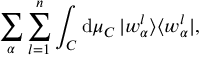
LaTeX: \sum _ { \alpha } \sum _ { l = 1 } ^ { n } \int _ { \cal C } \mathrm { d } \mu _ { \cal C } \, | w _ { \alpha } ^ { l } \rangle \langle w _ { \alpha } ^ { l } | ,